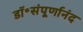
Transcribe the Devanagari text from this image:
डॉ॰संपूर्णानंद